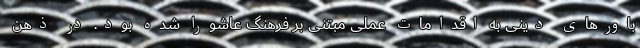
باورهای دینی به اقدامات عملی مبتنی بر فرهنگ عاشورا شده بود. در ذهن